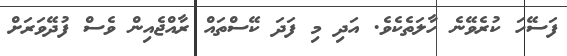
ފަސޭހަ ކުރެވޭނެ ހާލަތެކެެވެ. އަދި މި ފަދަ ކޭސްތައް ރާއްޖެއިން ވެސް ފުދޭވަރަށް